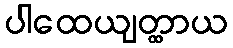
ပါထေယျတ္ထာယ